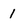
Character: 1